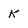
Character: K